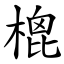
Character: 㮰